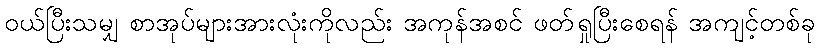
ဝယ်ပြီးသမျှ စာအုပ်များအားလုံးကိုလည်း အကုန်အစင် ဖတ်ရှုပြီးစေရန် အကျင့်တစ်ခု